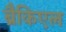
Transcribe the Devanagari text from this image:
ब्रैकिएल